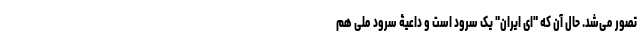
تصور می‌شد. حال آن که "ای ایران" یک سرود است و داعیۀ سرود ملی هم